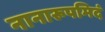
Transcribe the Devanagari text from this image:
नानारूपमिदं